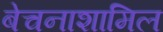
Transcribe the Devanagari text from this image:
बेचनाशामिल